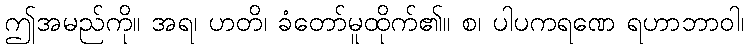
ဤအမည်ကို။ အရ၊ ဟတိ၊ ခံတော်မူထိုက်၏။ စ၊ ပါပကရဏေ ရဟာဘာဝါ၊